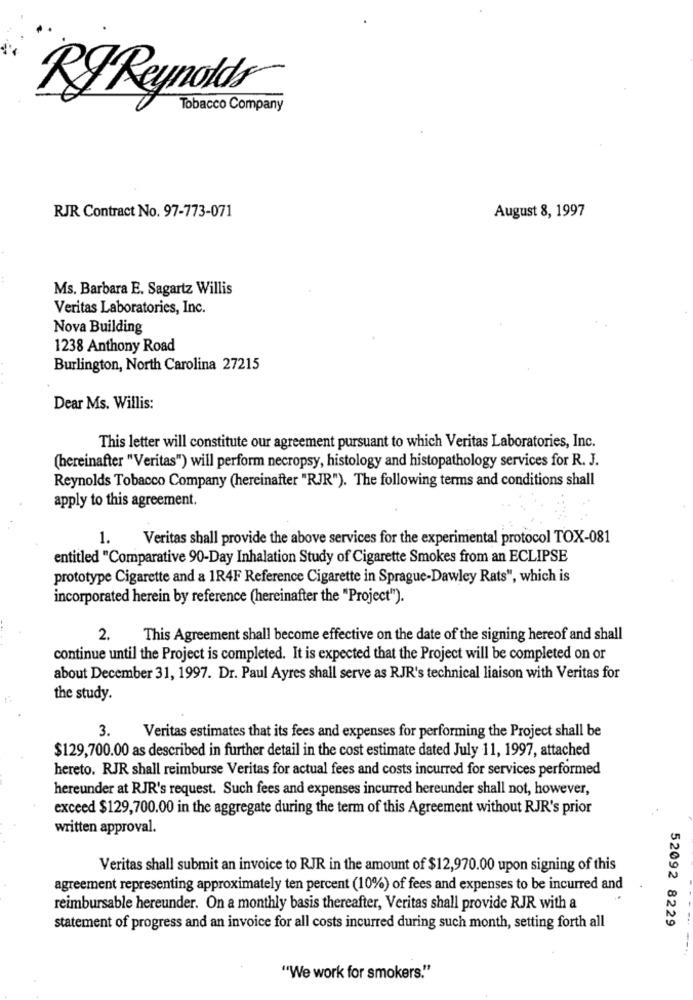
RJ Reynolds
Tobacco Company
RJR Contract No. 97-773-071
August 8, 1997
Ms. Barbara E. Sagartz Willis
Veritas Laboratories, Inc.
Nova Building
1238 Anthony Road
Burlington, North Carolina 27215
Dear Ms. Willis:
This letter will constitute our agreement pursuant to which Veritas Laboratories, Inc.
(hereinafter "Veritas") will perform necropsy, histology and histopathology services for R. J.
Reynolds Tobacco Company (hereinafter "RJR"). The following terms and conditions shall
apply to this agreement.
1. Veritas shall provide the above services for the experimental protocol TOX-081
entitled "Comparative 90-Day Inhalation Study of Cigarette Smokes from an ECLIPSE
prototype Cigarette and a 1R4F Reference Cigarette in Sprague-Dawley Rats", which is
incorporated herein by reference (hereinafter the "Project").
2.
This Agreement shall become effective on the date of the signing hereof and shall
continue until the Project is completed. It is expected that the Project will be completed on or
about December 31, 1997. Dr. Paul Ayres shall serve as RJR's technical liaison with Veritas for
the study.
3.
Veritas estimates that its fees and expenses for performing the Project shall be
$129,700.00 as described in further detail in the cost estimate dated July 11, 1997, attached
hereto. RJR shall reimburse Veritas for actual fees and costs incurred for services performed
hereunder at RJR's request. Such fees and expenses incurred hereunder shall not, however,
exceed $129,700.00 in the aggregate during the term of this Agreement without RJR's prior
written approval.
Veritas shall submit an invoice to RJR in the amount of $12,970.00 upon signing of this
agreement representing approximately ten percent (10%) of fees and expenses to be incurred and
reimbursable hereunder. On a monthly basis thereafter, Veritas shall provide RJR with a
52092 8229
statement of progress and an invoice for all costs incurred during such month, setting forth all
"We work for smokers."